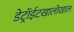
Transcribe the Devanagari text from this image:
डेट्रॉईटखालोखाल